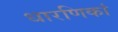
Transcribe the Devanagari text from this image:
धारणिकां